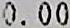
0.00